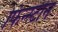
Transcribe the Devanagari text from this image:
फिन्स्टीन